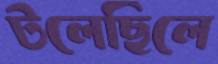
টলেছিলে